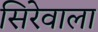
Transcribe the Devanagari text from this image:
सिरेवाला